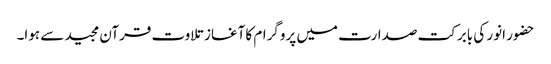
حضور انور کی بابرکت صدارت میں پروگرام کا آغاز تلاوت قرآن مجید سے ہوا۔